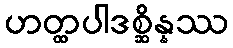
ဟတ္ထပါဒစ္ဆိန္နဿ